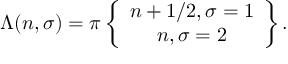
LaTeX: \Lambda ( n , \sigma ) = \pi \left\{ \begin{array} { c } { { n + 1 / 2 , \sigma = 1 } } \\ { { n , \sigma = 2 } } \end{array} \right\} .